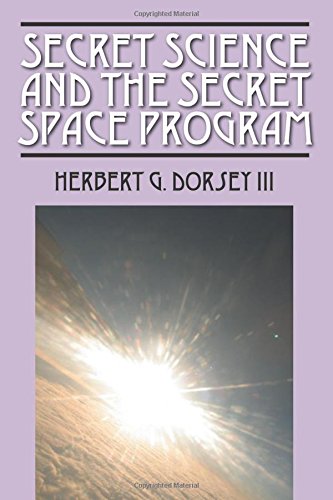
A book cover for Secret Science and the Secret Space Program; Herbert G Dorsey  III; Science & Math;